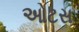
ઓટસ